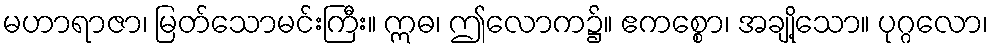
မဟာရာဇာ၊ မြတ်သောမင်းကြီး။ ဣဓ၊ ဤလောက၌။ ဧကစ္စော၊ အချို့သော။ ပုဂ္ဂလော၊